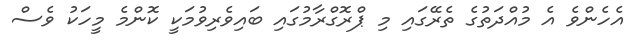
އެހެންވެ އެ މުއްދަތުގެ ތެރޭގައި މި ޕްރޮގްރާމުގައި ބައިވެރިވުމަކީ ކޮންމެ މީހަކު ވެސް